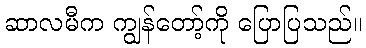
ဆာလမီက ကျွန်တော့်ကို ပြောပြသည်။